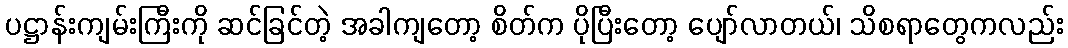
ပဋ္ဌာန်းကျမ်းကြီးကို ဆင်ခြင်တဲ့ အခါကျတော့ စိတ်က ပိုပြီးတော့ ပျော်လာတယ်၊ သိစရာတွေကလည်း